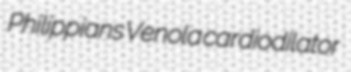
Philippians Venola cardiodilator